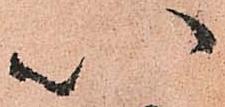
以